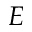
E